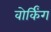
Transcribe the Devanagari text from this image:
वोर्किंग